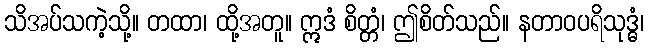
သိအပ်သကဲ့သို့။ တထာ၊ ထို့အတူ။ ဣဒံ စိတ္တံ၊ ဤစိတ်သည်။ နတာဝပရိသုဒ္ဓံ၊